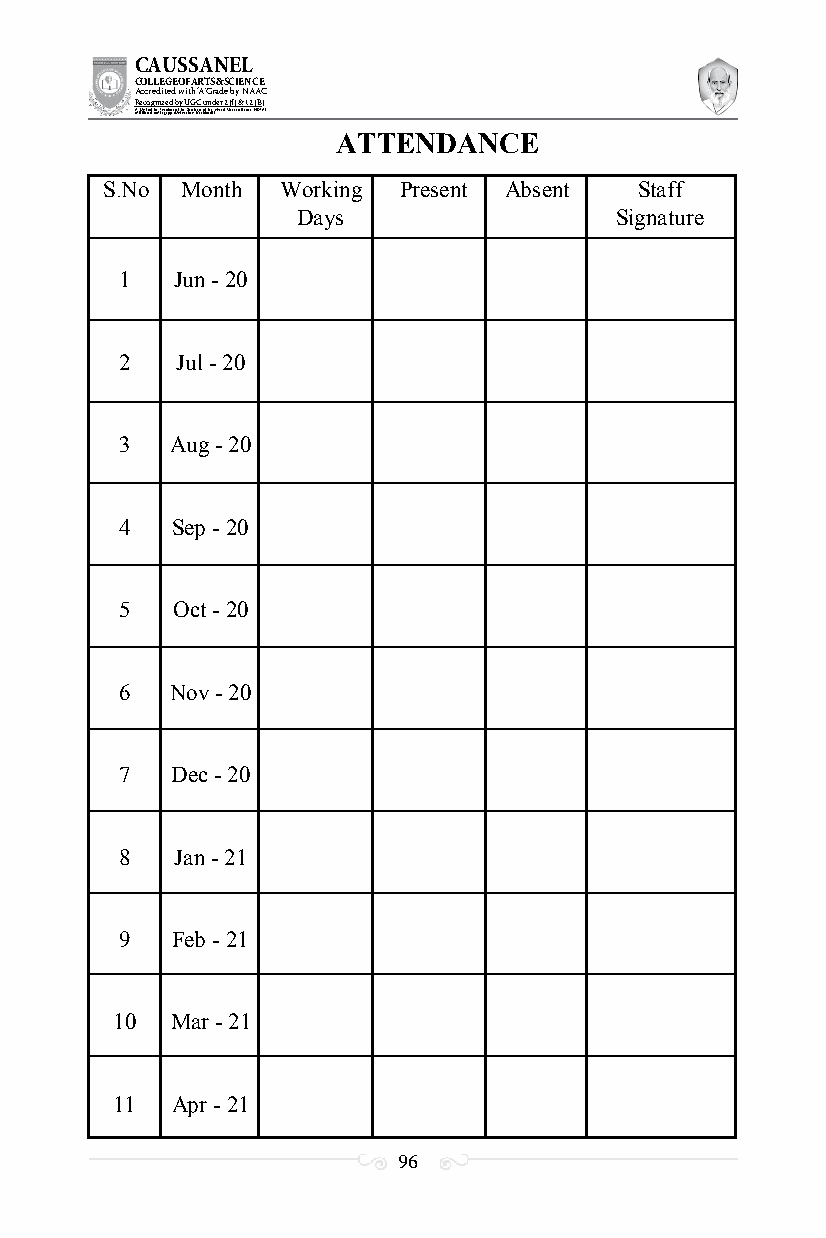
CAUSSANEL
 COLLEGE OF ARTS & SCIENCE
 Accredited with ‘A’ Grade by NAAC
 Recognized by UGC under 2 (f) & 12 (B)
 ((AA fUfilniaitt eodf ttoh eA Ilnasgtaitpuptae oUfn tihvee rBsirtoy,t hKerasr aoifk uthdei )S acred Heart of Jesus, INDIA)
 ATTENDANCE
 S.No Month  Working Present Absent Staff
 Days                 Signature
 1  Jun - 20
 2   Jul - 20
 3  Aug - 20
 4  Sep - 20
 5  Oct - 20
 6  Nov - 20
 7  Dec - 20
 8   Jan - 21
 9  Feb - 21
 10  Mar - 21
 11  Apr - 21
 96